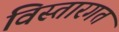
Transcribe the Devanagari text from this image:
विस्तारगत